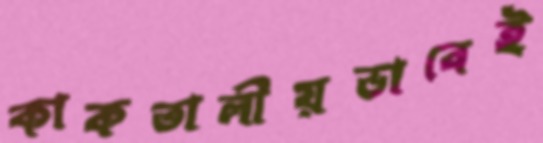
কাকতালীয়ভাবেই